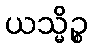
ယသ္မိဉ္စ